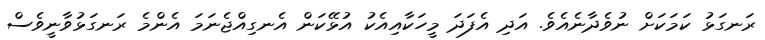
ރަނގަޅު ކަމަކަށް ނުވެދާނެއެވެ. އަދި އެފަދަ މީހަކާއިއެކު އުޅޭކަން އެނގިއްޖެނަމަ އެންމެ ރަނގަޅުވާނީވެސް